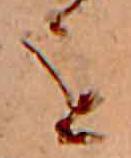
を